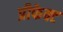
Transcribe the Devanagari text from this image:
प्रीफेक्ट